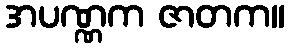
အပဏ္ဏက ဇာတက။